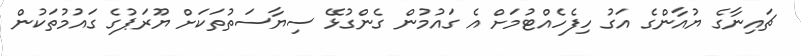
ޗައިނާގެ ޔުއާންގެ އަގު ހިފެހެއްޓުމަށް އެ ގައުމުން ގެންގުޅޭ ސިޔާސަތުތަކަށް ޔޫރަޕުގެ ގައުމުތަކުން